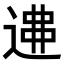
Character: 𨔂